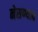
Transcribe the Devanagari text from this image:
नेसण्यात